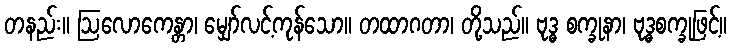
တနည်း။ ဩလောကေန္တာ၊ မျှော်လင့်ကုန်သော။ တထာဂတာ၊ တို့သည်။ ဗုဒ္ဓ စက္ခုနာ၊ ဗုဒ္ဓစက္ခုဖြင့်။